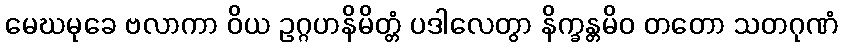
မေဃမုခေ ဗလာကာ ဝိယ ဥဂ္ဂဟနိမိတ္တံ ပဒါလေတွာ နိက္ခန္တမိဝ တတော သတဂုဏံ